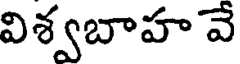
విశ్వబాహ వే